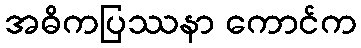
အဓိကပြဿနာ ကောင်က